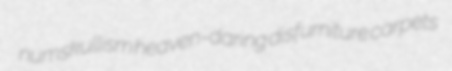
numskullism heaven-daring disfurniture carpets